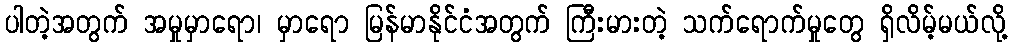
ပါတဲ့အတွက် အမှုမှာရော၊ မှာရော မြန်မာနိုင်ငံအတွက် ကြီးမားတဲ့ သက်ရောက်မှုတွေ ရှိလိမ့်မယ်လို့